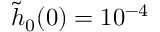
\tilde { h } _ { 0 } ( 0 ) = 1 0 ^ { - 4 }